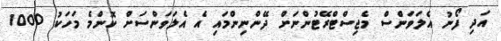
އަދި ފޯނު އެލަވަންސް މެޖިސްޓްރޭޓުންނަށް ދޭންނިންމައި އެ އެލަވަންސަށް ކޮންމެ މަހަކު 1000